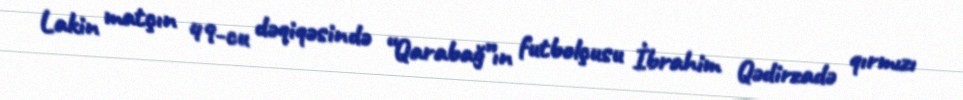
Lakin matçın 49-cu dəqiqəsində “Qarabağ”ın futbolçusu İbrahim Qədirzadə qırmızı